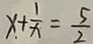
x + \frac { 1 } { x } = \frac { 5 } { 2 }